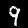
Label: 9